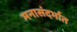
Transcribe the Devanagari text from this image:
मनासंदर्भात